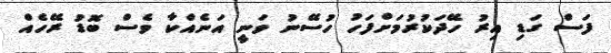
ފަސް ގަޑި އިރު ހޭދަކުރުމަށްފަހު ހުސޭނު ވަނީ އަނެއްކާ ވެސް ބޮޑު ރޭހެއް